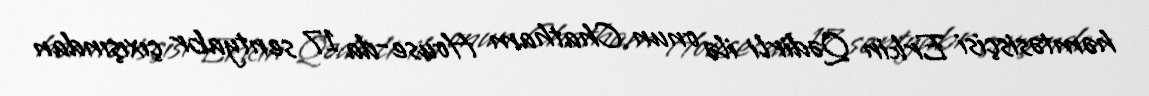
həmtəsisçisi Erkin Qədirli ilə onun Chatham House-da 17 sentyabr çıxışından